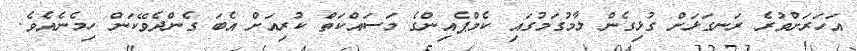
އަހަރަށްވުރެ ރަނގަޅަށް ގުޅިގެން ލާމުގަމުގައި ކެމްޕެއިންގެ މަސައްކަތް ކުރިއަށް އެބަ ގެންދެވޭކަން ހިމެނެއެވެ.